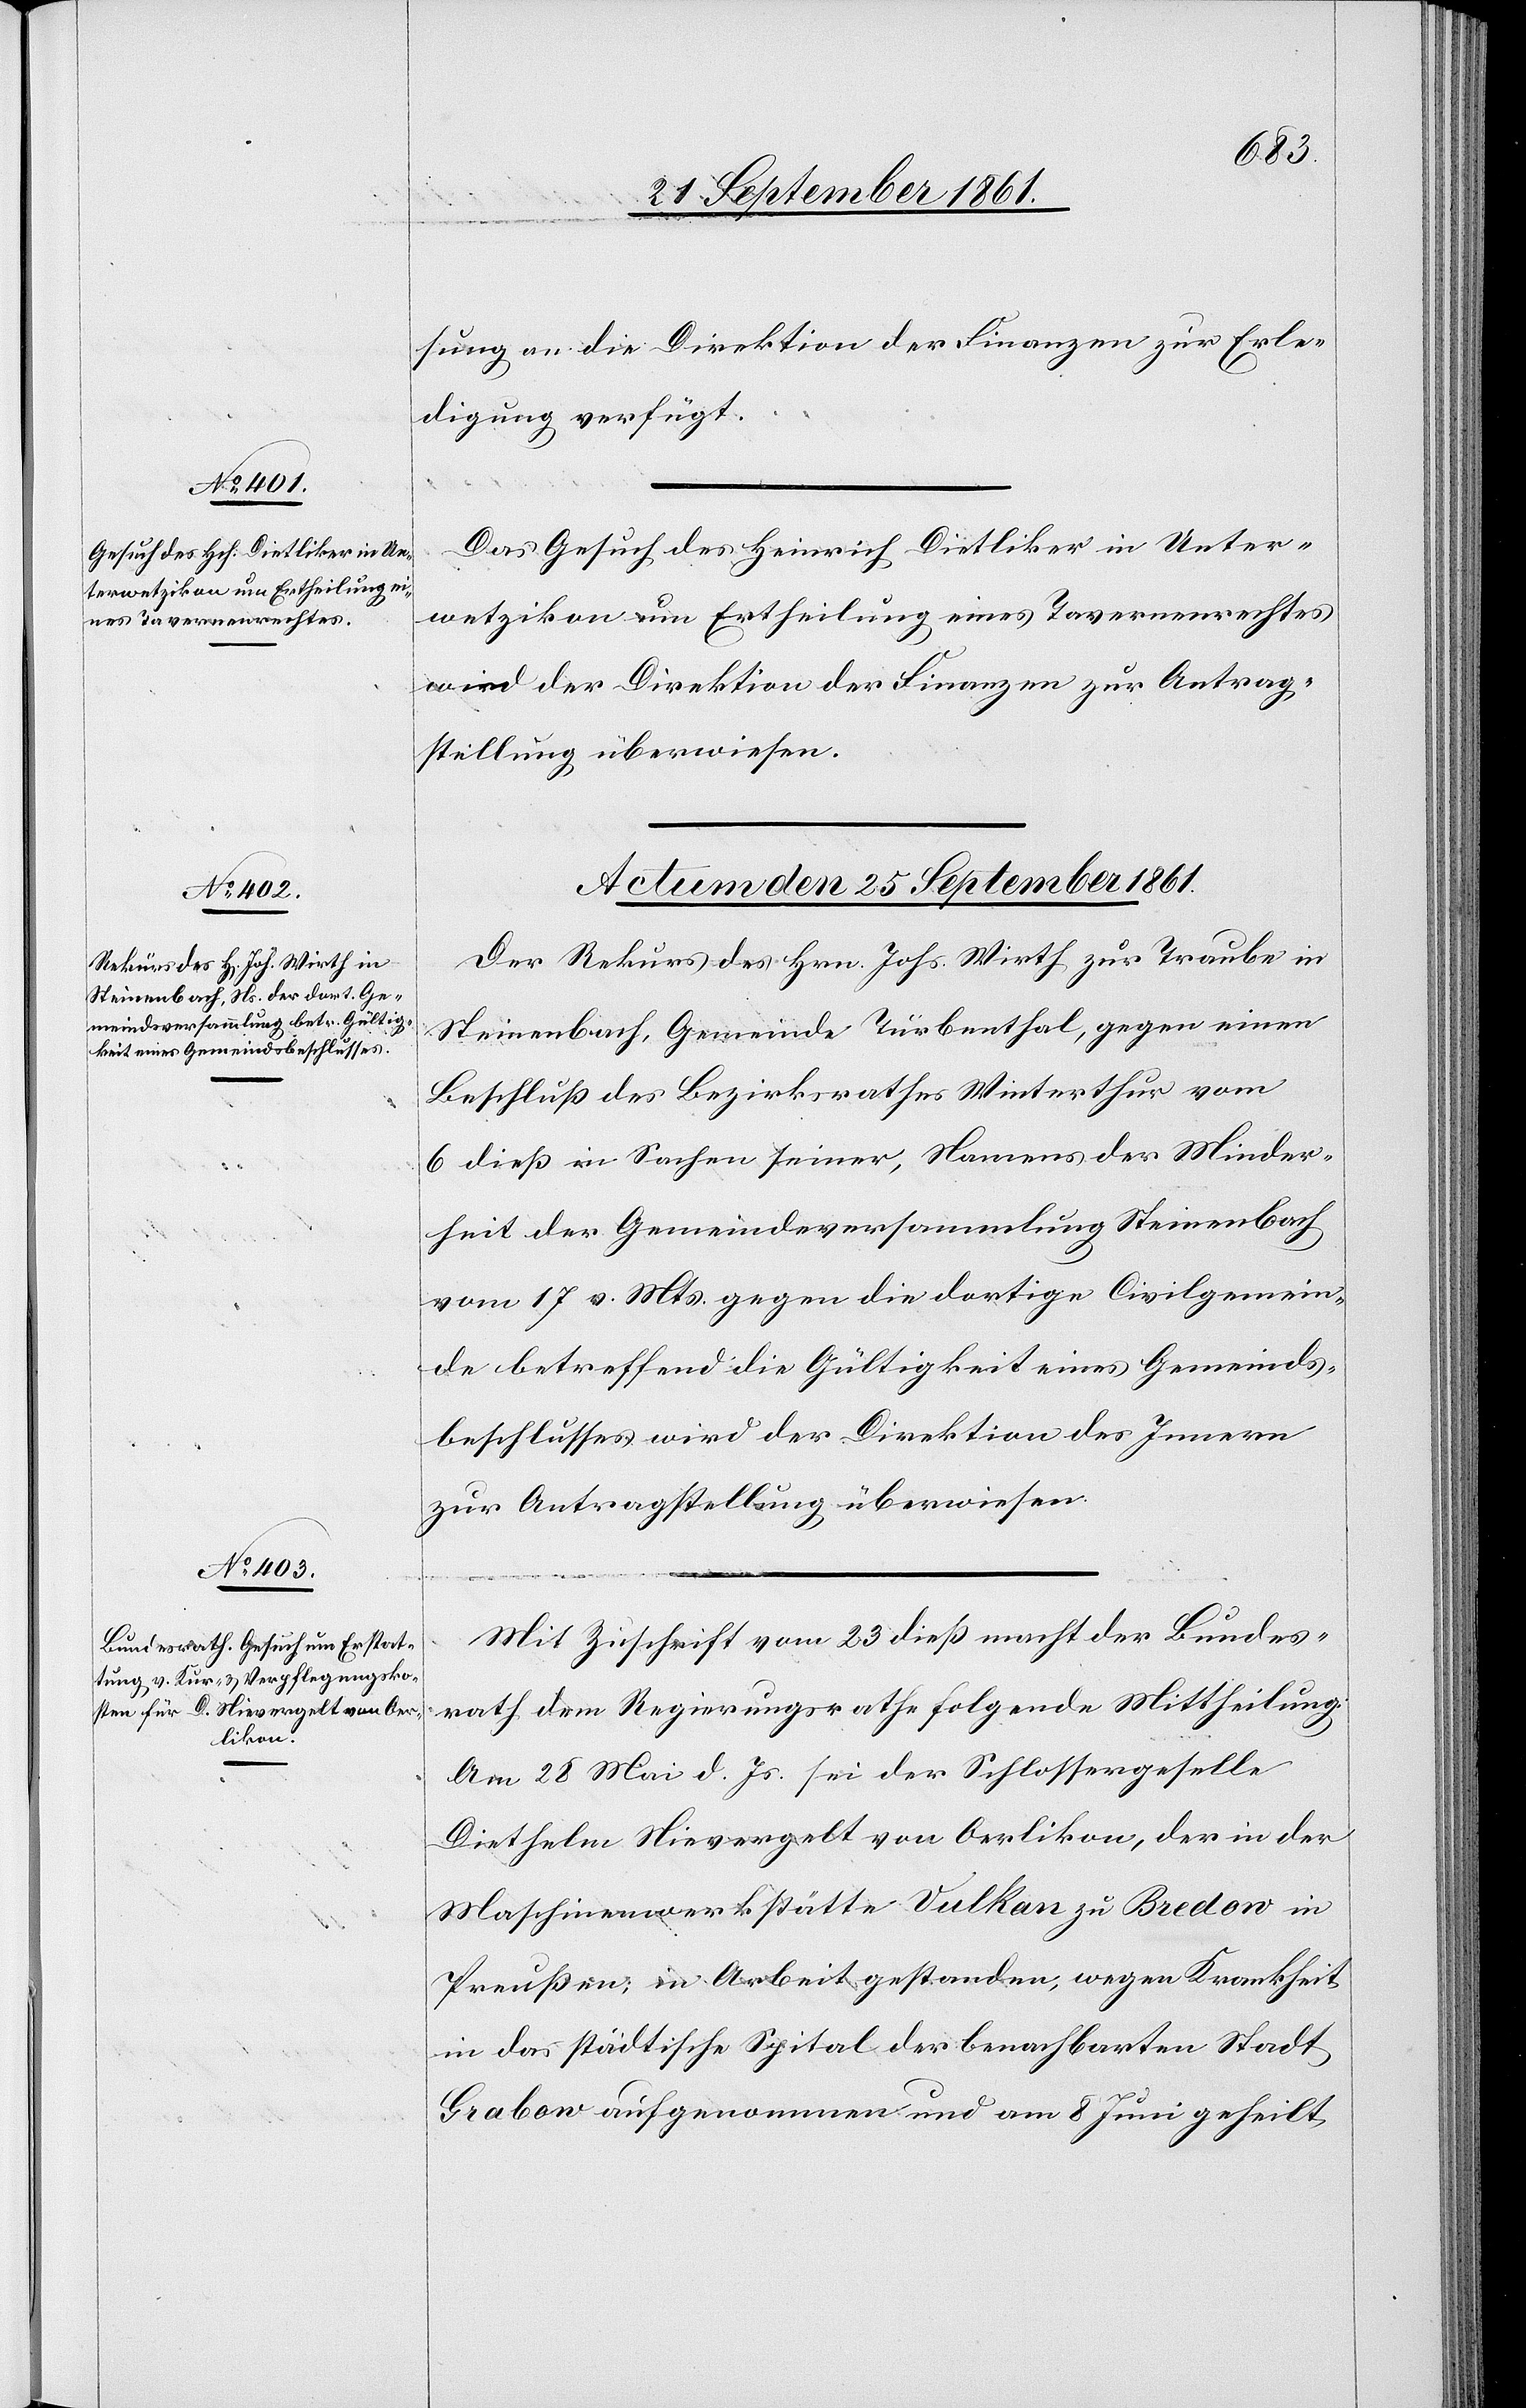
sung an die Direktion der Finanzen zur Erle¬
digung verfügt.
Das Gesuch des Heinrich Dietliker in Unter¬
wetzikon um Ertheilung eines Tavernenrechtes
wird der Direktion der Finanzen zur Antrag¬
stellung überwiesen.
Actum den 25 September 1861.]
Der Rekurs des Hrn. Johs. Wirth zur Traube in
Steinenbach, Gemeinde Turbenthal, gegen einen
Beschluß des Bezirksrathes Winterthur vom
6 dieß in Sachen seiner, Namens der Minder¬
heit der Gemeindsversammlung Steinenbach
vom 17 v. Mts. gegen die dortige Civilgemein¬
de betreffend die Gültigkeit eines Gemeinds¬
beschlusses wird der Direktion des Innern
zur Antragstellung überwiesen.
Mit Zuschrift vom 23 dieß macht der Bundes¬
rath dem Regierungsrathe folgende Mittheilung:
Am 28 Mai d. Js. sei der Schlossergeselle
Diethelm Nievergelt von Oerlikon, der in der
Maschinenwerkstätte Vulkan zu Bredon in
Preußen, in Arbeit gestanden, wegen Krankheit
in das städtische Spital der benachbarten Stadt
Grabow aufgenommen und am 8 Juni geheilt